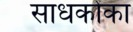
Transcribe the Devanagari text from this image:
साधकोंका